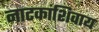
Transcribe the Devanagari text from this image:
नाटकांशिवाय